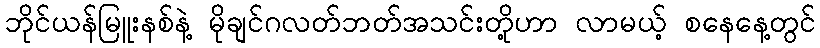
ဘိုင်ယန်မြူးနစ်နဲ့ မိုချင်ဂလတ်ဘတ်အသင်းတို့ဟာ လာမယ့် စနေနေ့တွင်